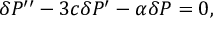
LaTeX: \delta P ^ { \prime \prime } - 3 c \delta P ^ { \prime } - \alpha \delta P = 0 ,